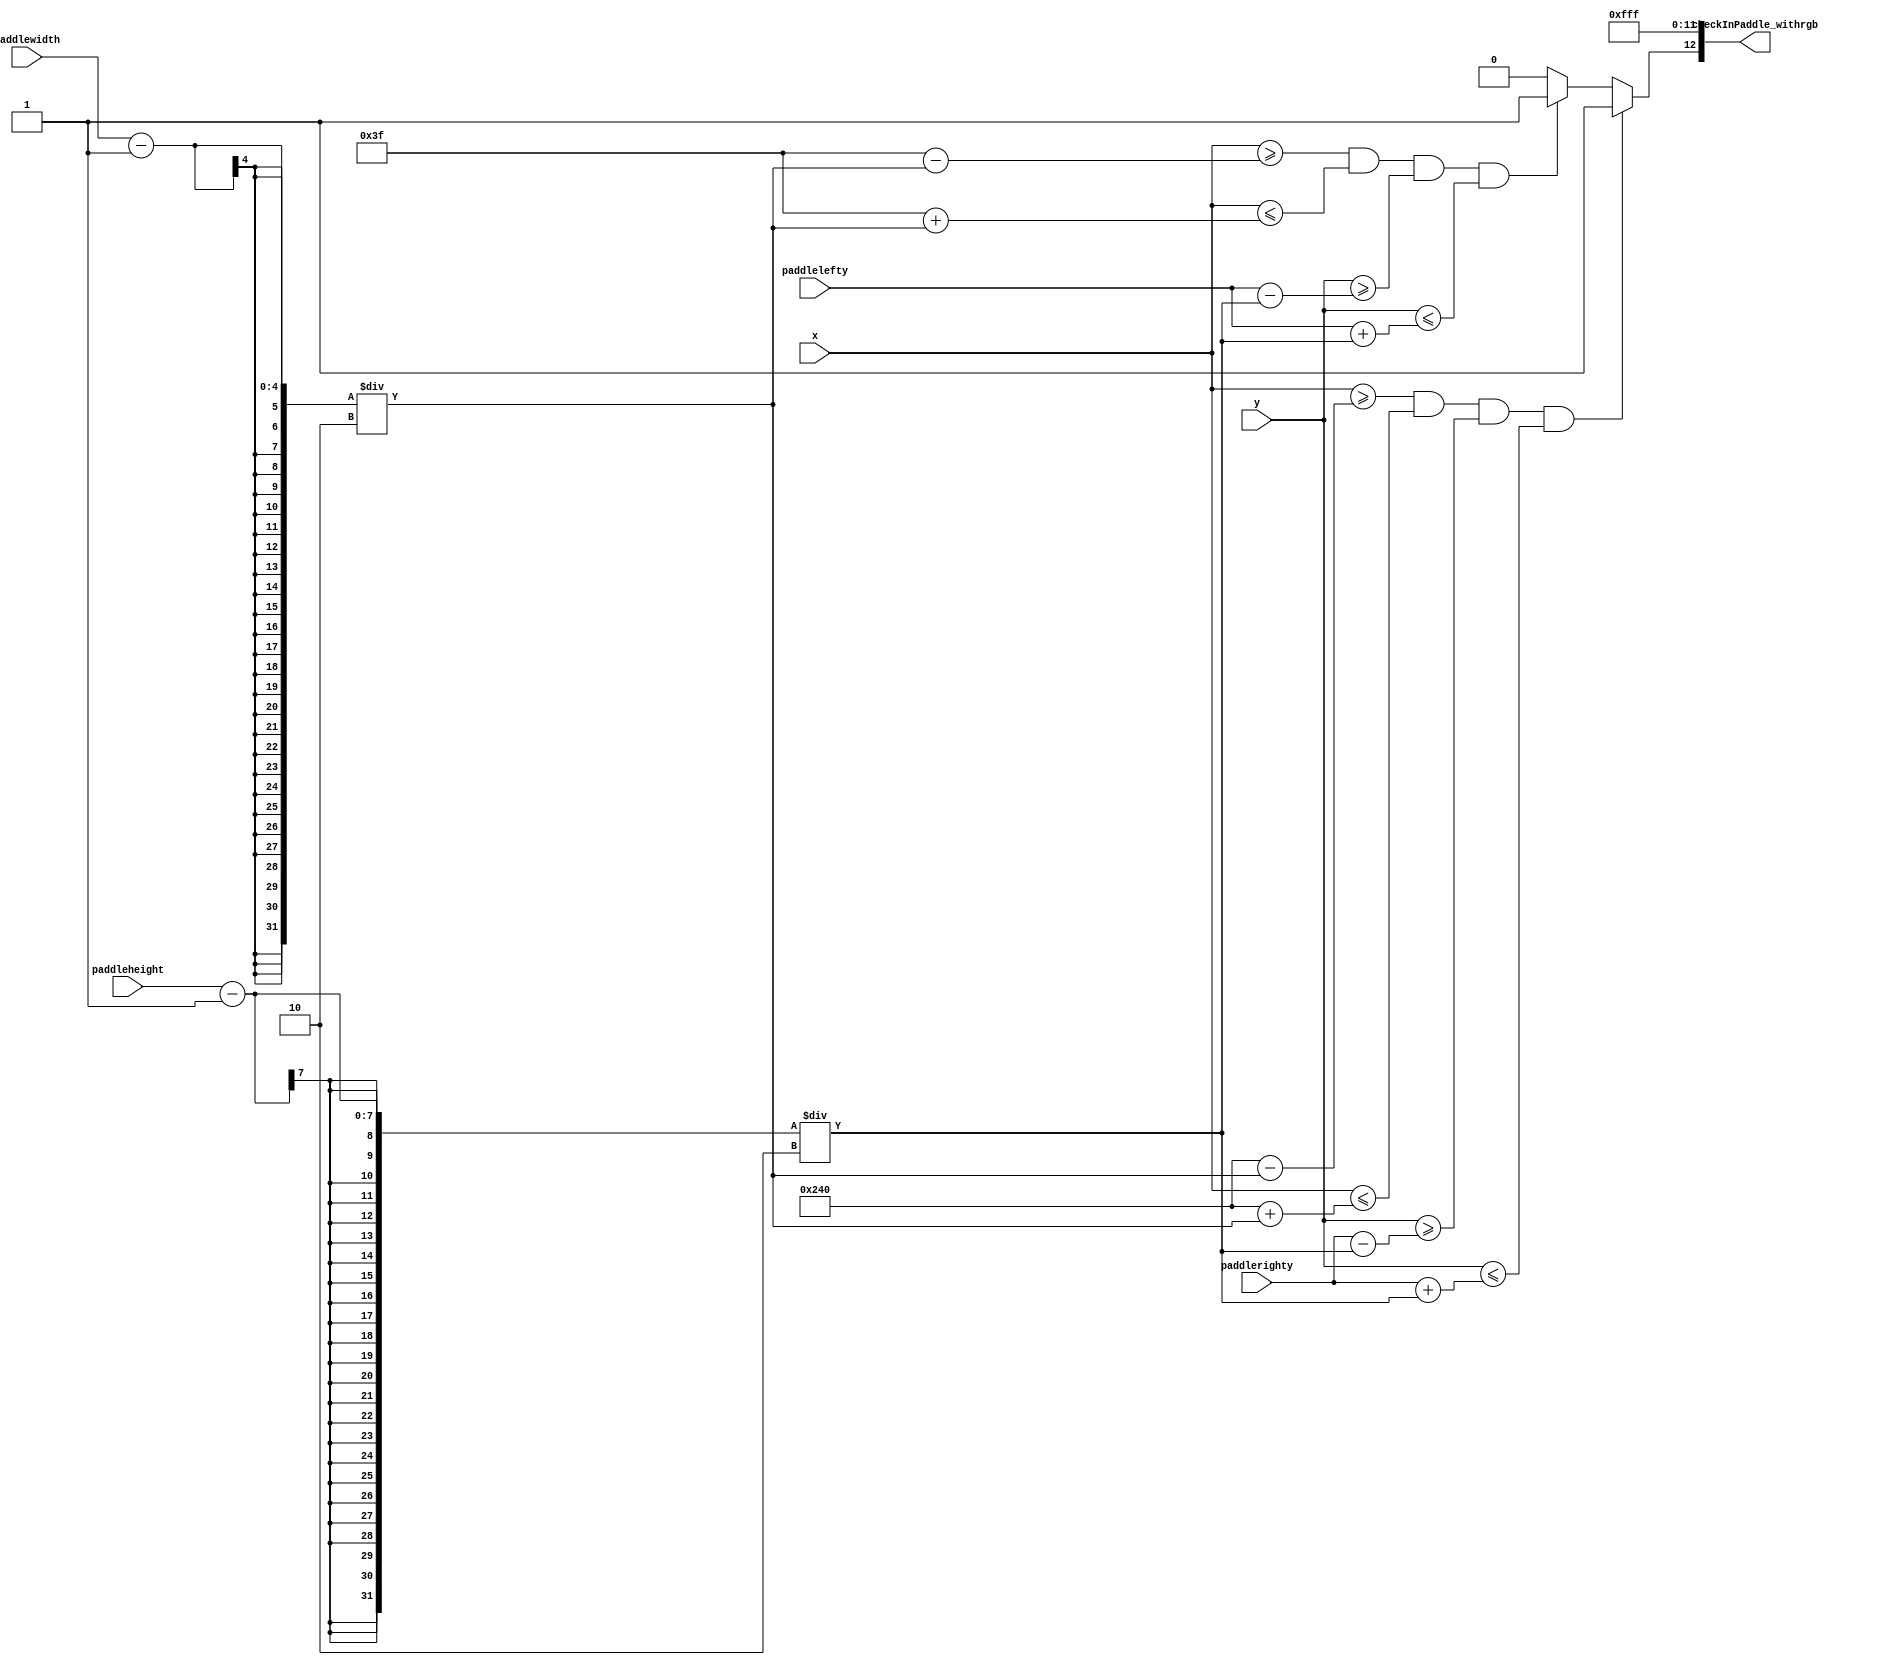
`timescale 1ns / 1ps
//////////////////////////////////////////////////////////////////////////////////
// Company: 
// Engineer: 
// 
// Design Name: 
// Module Name: inPaddle
// Project Name: 
// Target Devices: 
// Tool Versions: 
// Description: 
// 
// Dependencies: 
// 
// Revision:
// Revision 0.01 - File Created
// Additional Comments:
// 
//////////////////////////////////////////////////////////////////////////////////


module inPaddle(
    input [9:0] x,
    input [9:0] y,
    input [9:0] paddlelefty,
    input [9:0] paddlerighty,
    input [3:0] paddlewidth,
    input [6:0] paddleheight,
    output reg [12:0] checkInPaddle_withrgb
);
    initial begin
        checkInPaddle_withrgb[11:0] <= 12'hFFF;
    end
    always @(x or y) begin
        checkInPaddle_withrgb[12] <= 0;
        if(x>=63-(paddlewidth-1)/2 & x<=63+(paddlewidth-1)/2 
            & y>=paddlelefty-(paddleheight-1)/2 & y<=paddlelefty+(paddleheight-1)/2) begin
            checkInPaddle_withrgb[12] <= 1;
        end
        if(x>=576-(paddlewidth-1)/2 & x<=576+(paddlewidth-1)/2 
            & y>=paddlerighty-(paddleheight-1)/2 & y<=paddlerighty+(paddleheight-1)/2) begin
            checkInPaddle_withrgb[12] <= 1;
        end
    end
endmodule